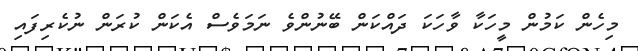
މިހެން ކަމުން މީހަކާ ވާހަކަ ދައްކަން ބޭނުންވެ ނަމަވެސް އެކަން ކުރަން ނުކެރިފައި